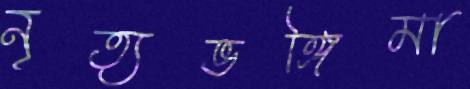
নৃত্যভঙ্গিমা